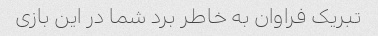
تبریک فراوان به خاطر برد شما در این بازی